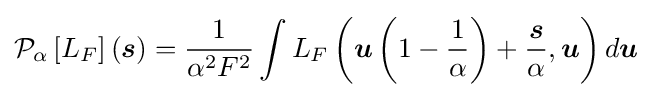
{\mathcal {P}}_{\alpha }\left[L_{F}\right]({\boldsymbol {s}})={\frac {1}{\alpha ^{2}F^{2}}}\int L_{F}\left({\boldsymbol {u}}\left(1-{\frac {1}{\alpha }}\right)+{\frac {\boldsymbol {s}}{\alpha }},{\boldsymbol {u}}\right)d{\boldsymbol {u}}